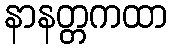
နာနတ္တကထာ